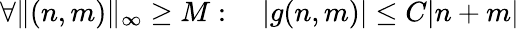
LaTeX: \forall\| (n,m)\| _{\infty}\geq M:\quad|g(n,m)|\leq C|n+m|